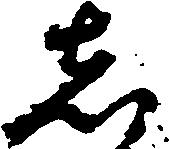
し